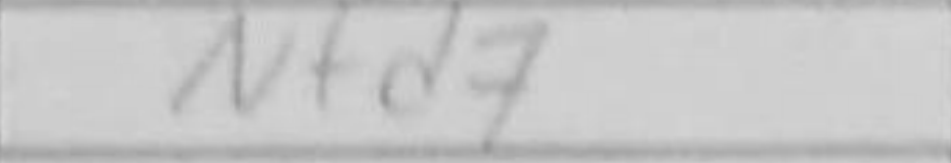
Transcription: Nfd7